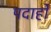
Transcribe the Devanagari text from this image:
पदार्हों